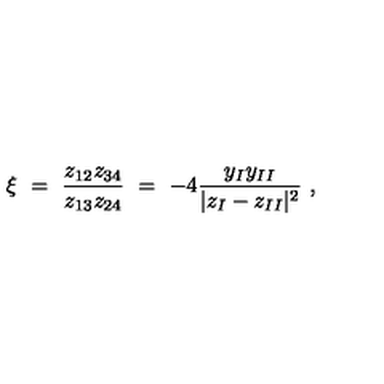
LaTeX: \xi \ = \ \frac { z _ { 1 2 } z _ { 3 4 } } { z _ { 1 3 } z _ { 2 4 } } \ = \ - 4 \frac { y _ { I } y _ { I I } } { | z _ { I } - z _ { I I } | ^ { 2 } } \ ,